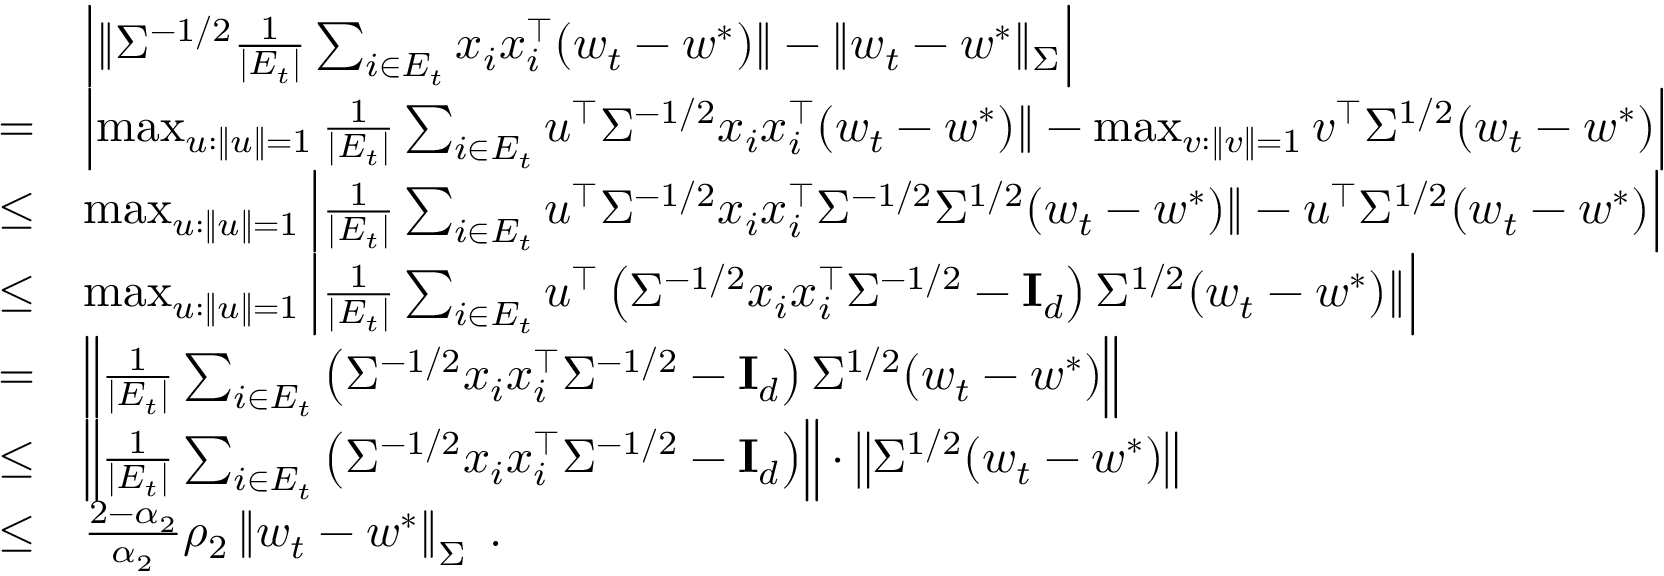
\begin{array} { r l } & { \left| \| \Sigma ^ { - 1 / 2 } \frac { 1 } { | E _ { t } | } \sum _ { i \in E _ { t } } x _ { i } x _ { i } ^ { \top } ( w _ { t } - w ^ { * } ) \| - \| w _ { t } - w ^ { * } \| _ { \Sigma } \right| } \\ { = } & { \left| \operatorname* { m a x } _ { u : \| u \| = 1 } \frac { 1 } { | E _ { t } | } \sum _ { i \in E _ { t } } u ^ { \top } \Sigma ^ { - 1 / 2 } x _ { i } x _ { i } ^ { \top } ( w _ { t } - w ^ { * } ) \| - \operatorname* { m a x } _ { v : \| v \| = 1 } v ^ { \top } \Sigma ^ { 1 / 2 } ( w _ { t } - w ^ { * } ) \right| } \\ { \leq } & { \operatorname* { m a x } _ { u : \| u \| = 1 } \left| \frac { 1 } { | E _ { t } | } \sum _ { i \in E _ { t } } u ^ { \top } \Sigma ^ { - 1 / 2 } x _ { i } x _ { i } ^ { \top } \Sigma ^ { - 1 / 2 } \Sigma ^ { 1 / 2 } ( w _ { t } - w ^ { * } ) \| - u ^ { \top } \Sigma ^ { 1 / 2 } ( w _ { t } - w ^ { * } ) \right| } \\ { \leq } & { \operatorname* { m a x } _ { u : \| u \| = 1 } \left| \frac { 1 } { | E _ { t } | } \sum _ { i \in E _ { t } } u ^ { \top } \left( \Sigma ^ { - 1 / 2 } x _ { i } x _ { i } ^ { \top } \Sigma ^ { - 1 / 2 } - \mathbf { I } _ { d } \right) \Sigma ^ { 1 / 2 } ( w _ { t } - w ^ { * } ) \| \right| } \\ { = } & { \left\| \frac { 1 } { | E _ { t } | } \sum _ { i \in E _ { t } } \left( \Sigma ^ { - 1 / 2 } x _ { i } x _ { i } ^ { \top } \Sigma ^ { - 1 / 2 } - \mathbf { I } _ { d } \right) \Sigma ^ { 1 / 2 } ( w _ { t } - w ^ { * } ) \right\| } \\ { \leq } & { \left\| \frac { 1 } { | E _ { t } | } \sum _ { i \in E _ { t } } \left( \Sigma ^ { - 1 / 2 } x _ { i } x _ { i } ^ { \top } \Sigma ^ { - 1 / 2 } - \mathbf { I } _ { d } \right) \right\| \cdot \left\| \Sigma ^ { 1 / 2 } ( w _ { t } - w ^ { * } ) \right\| } \\ { \leq } & { \frac { 2 - \alpha _ { 2 } } { \alpha _ { 2 } } \rho _ { 2 } \left\| w _ { t } - w ^ { * } \right\| _ { \Sigma } \; . } \end{array}